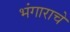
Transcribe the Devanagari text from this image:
भंगाराचे